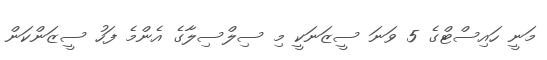
މަނީ ހައިސްޓްގެ 5 ވަނަ ސީޒަނަކީ މި ސިލްސިލާގެ އެންމެ ފަހު ސީޒަންކަން